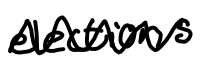
Text: elections
Cross-out: zig-zag
Writing tool: digital_black